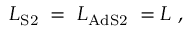
{ L } _ { \mathrm { S 2 } } \; = \; { L } _ { \mathrm { A d S 2 } } \; = L \ ,